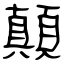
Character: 顛